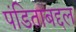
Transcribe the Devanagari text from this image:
पंडिताबद्दल